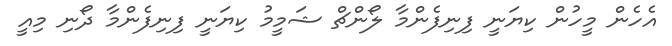
އެހެން މީހުން ކިޔަނީ ފިނިފެންމާ ލޯންޗް ޝަމީމު ކިޔަނީ ފިނިފެންމާ ދޯނި މިއީ